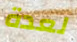
لعدة